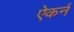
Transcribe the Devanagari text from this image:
ऐकर्न